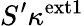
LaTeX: S^{\prime}\kappa^{\mathrm{ext1}}